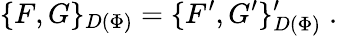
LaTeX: \{ F,G\} _{D(\Phi)}=\{ F^{\prime},G^{\prime}\} _{D(\Phi)}^{\prime}\; .